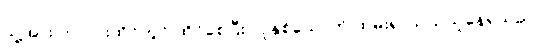
သူ့အား ကုလားထိုင်တွင် ထိုင်စေပြီး လူနှစ်ယောက် ထမ်း၍ သယ်ယူနေရသည်။